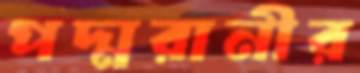
পদ্মরানীর